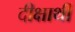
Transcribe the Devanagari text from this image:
दीक्षार्थी